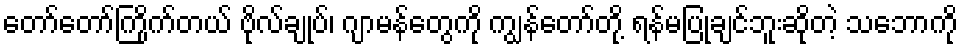
တော်တော်ကြိုက်တယ် ဗိုလ်ချုပ်၊ ဂျာမန်တွေကို ကျွန်တော်တို့ ရန်မပြုချင်ဘူးဆိုတဲ့ သဘောကို